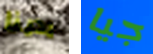
يدينا جيا